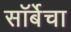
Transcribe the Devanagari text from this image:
सॉर्बेचा